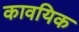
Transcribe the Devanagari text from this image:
कावयिक